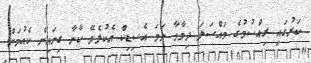
ކަރުގައި ރިއްސުމުގެ މައްސަލަ ދިމާވާ ނަމަ އެސިޑިކް އެކުލެވޭ ކާނާ ގިނައިން ކެއުމަށް